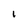
Character: I